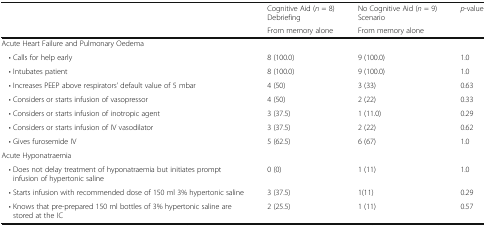
|  | Cognitive Aid (n = 8)Debriefing | No Cognitive Aid (n = 9)Scenario | p-value |
 |  | From memory alone | <COLSPAN=2> From memory alone |
 | --- | --- | --- | --- |
 | <COLSPAN=4> Acute Heart Failure and Pulmonary Oedema |
 | • Calls for help early | 8 (100.0) | 9 (100.0) | 1.0 |
 | • Intubates patient | 8 (100.0) | 9 (100.0) | 1.0 |
 | • Increases PEEP above respirators’ default value of 5 mbar | 4 (50) | 3 (33) | 0.63 |
 | • Considers or starts infusion of vasopressor | 4 (50) | 2 (22) | 0.33 |
 | • Considers or starts infusion of inotropic agent | 3 (37.5) | 1 (11.0) | 0.29 |
 | • Considers or starts infusion of IV vasodilator | 3 (37.5) | 2 (22) | 0.62 |
 | • Gives furosemide IV | 5 (62.5) | 6 (67) | 1.0 |
 | <COLSPAN=4> Acute Hyponatraemia |
 | • Does not delay treatment of hyponatraemia but initiates prompt infusion of hypertonic saline | 0 (0) | 1 (11) | 1.0 |
 | • Starts infusion with recommended dose of 150 ml 3% hypertonic saline | 3 (37.5) | 1(11) | 0.29 |
 | • Knows that pre-prepared 150 ml bottles of 3% hypertonic saline are stored at the IC | 2 (25.5) | 1 (11) | 0.57 |